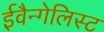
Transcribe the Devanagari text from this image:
ईवैन्गेलिस्ट